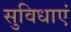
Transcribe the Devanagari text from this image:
सुविधाएं